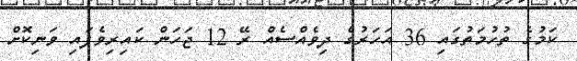
ކަމުގެ ތުހުމަތުގައި 36 އަހަރުގެ ދިވެއްސެއް ރޭ 12 ޖަހަން ކައިރިވެފައި ވަނިކޮށް